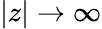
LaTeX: |z|\rightarrow\infty